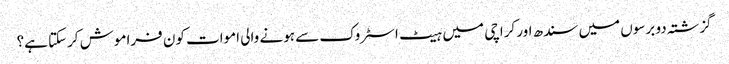
گزشتہ دو برسوں میں سندھ اور کراچی میں ہیٹ اسٹروک سے ہونے والی اموات کون فراموش کرسکتا ہے؟